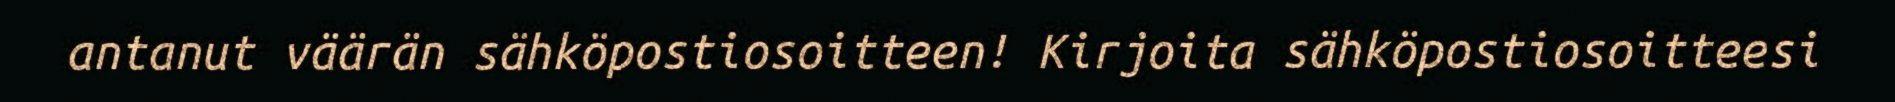
antanut väärän sähköpostiosoitteen! Kirjoita sähköpostiosoitteesi